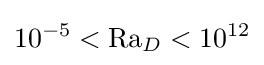
10^{-5}<\mathrm {Ra} _{D}<10^{12}